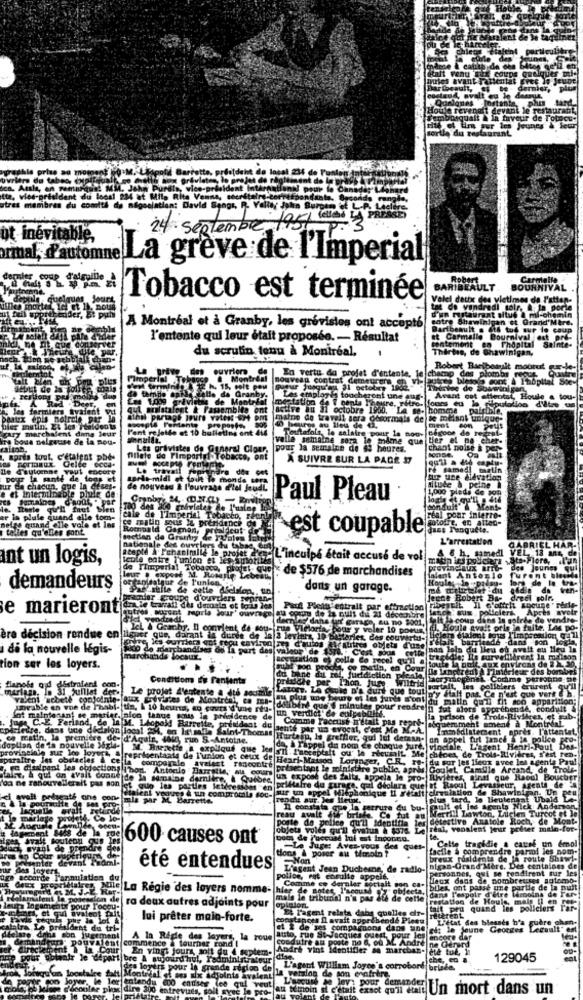
Fenu Eux coups
cating de Gea
Quelques lorten
Houle revenalt deva
dalt & in faveur de Totucu:
the du restaurant
ographie prise au mospent (o .M. Llipoli Barretta,
al 234
ca. Aula, en remarqu
HMMM. John' Purdla, vice-
tte, vies-prieldant du local 234 at Mila Rita Venna,
otras membres du comité de négociation: David Sengs, R. Valley John Bur
24 septembre la5/ wait
ot inévitable,
La greve de l'Imperial
dernier coup
BARIBEAULT.
BOURNIVAL
Tobacco est terminée
Velel dettx des vietimes de l'atten-
villes morte
d'un myrtaurant altus a mi-oh
tat de vendredi soir, & Ia por
cotre Shawinigan et Grand
A Montréal et à Granby, les grévistes ont accepté
Baribeault . its tud our lo e
l'entente qui leur était proposée. - Résultat
lentement en Thopital Sainte-
du scrutin tonu à Montreal,
Thertes, de Shawinigan,
ouvrier
Robert Bartbeault mourut E-
nouveau contrat demeurer en vis
En vertu da projet d'entente, le champ Co
mp des plombs reout
1.099 riviste de Mant
Les employés toucheront
cheront und aug-
Avant cet attentat, Houle & tou-
h. les fermiers tyaient
qui
Bralstafont & Passembite
ont active au 31 octobre 1900. LA Be-
atation de
rétro. fours eu la flouto lon d'ile
se- homme
peaux epis noirel per
ems maine de travell sera como
s de se melant unique.
hier matin, 2% les residents
ury marchaient dans leur
l'ent rejette et 10 bulletins ent
ros au lieu de ti
cegoos de regn
ment com Pot
ire Bous nelgeuse de la mou-
valle semaine sera le mime que tier et de- cher-
Tortafols, le salaire pour la mou-
Les privistes de General Clper,
pour la semaine de di heures.
chant noise &
aarts tout.
Formaux. Gelte Coca-
filete de Fimparigi . Tobacta,
A SUIVRE SUR LA PAGE 17
ze d'automne YHul encore
Le travail
pour la santé de tons et
sardi-midi et tout le monde
tup une ffevation
ilude a peine i
ur de chacun, que la deses.
e et interminable phuiz de:
de nouveau & l'ouvrage d'tel Jeu
1,000 pleds de som
Granby. M. (D.N.a)
Paul Pleau
la. Reste qu'il faut bien
conduit"& Mente
er in plule quand elle toms-
hetas quand elle vole et les
cile de l'Imperial Tobacco,
matofre, en alteo-
real pour interre-
tolles qu'elles sont.
Fr est coupable
dans Penquete.
metlen de Granny de
L'arrestation
GABRIEL HAR-
nationale des ouvrle
ars du tabac, Cin
A6 h. sam
IL. 13 ans, d
ant un logis,
teule entre l'union et les aut
160pt4 A Ichaninalle le projet .... L. inculpa était accusé de vol
Sta-Flore,
de ['Imperial Tobacco, potet que < de $576 de marchandises
proving aux arTb
Bes Jou
dent Antonio Tu
demandeurs
dans un garage.
paler groupe d'ouvdlers sepren
egne Robert Ba-
dreel pol
e marieront
Puf Plein entrait par aftraction
Apces
autres , socent maprle Jour' ouvrage au coup de la pult di 21 décembre
vendredi.
coup de la nuit du 21 décembre
fer Garage, eu no 3001,
it la cous dans la soirée de
Ich & Grachy. Il convie
IcL & Grachy. Il convient de sou- rua Victoria, pour y voler 10 poous,
da sou-
Telorta, pour y voler 10 poey
Houle avait ofle in fuite. Las po.
ère décision rendue en ligner que, darant in durée de la 3 leviers, 10 bisleries, des couvertu-
i di la nouvelle légis-
ses Ga Ta part des valeur de 1
autres objets d'un
Bogazition .yoelle Co recel qu'il a
ion ser les loyers.
rdes
Condition de fantents
du bine du ral, fueldiction pleale,
dche per Thon. jure.
Wilfrid
flanole ond distrafent com.
Le projet d'entente a été soumis
valent sebeth conjoint
aux Erfrutas de Montreal, co men-
Latore, La could D'a durt que toul n'y stalt pas. Ce n
uncable en vue de Phabl- tin. 1 10 heures, en cours'd'une reu-
dilibird que'$ minutes pour
un verdict de culpa
pour rendre n fut alors @
Sot maintenant se marier. glon tenue sous le prvnidence de
Intenant se marie
Comme Faccust n'était pas repré-
la prison de
séquemment ament à
epicfedre, dans une décision local 254, on Ietsalle Saint-Thomas
Jag C .- E. Ferland, de la M. Leopold Barrette, prim
sente par un avocat, c'est Me M .- A.
Immediatecent . ap
ds. l'attentat.
tatin, la premiere de- d'Again, 406g, run S .- Antoine.
Hurtern, Ie greffier, qui lut detasn.
on appel tut janchi la police
doplian
róví
on de la nouvelle Sgh- M. Birzette a expliqué que lesni I'nece
da, à rappel du nom ce chaque jure. vincille, L'agent Henti-Paul
sparaltre les obstacles & ce la comparale
nig sur lee loyork, & représentants de l'union et ceux del
du pour les lieux avec les agents Paul
ve diapant les objections I hort, Antocilo Barrette, au cours
avaient rencontre
présentant le ministère public, apris
Camille Ard
false, & qui on avait donne
da ne ranouvellerali pas son
Cide la semaine dernière, & Quibre un expose des faits, appela le pro- Rivières, Bindi que Raoul
et Raoul Levasseur, Agenti de"
St gup les parties letivessses "en
prillafre du garage, qui dtolara que
str un appel M
ciemulation de Shawinif
avell pelagate one cone mig par M. Barrette.
vogues & un compromile sou-
rendu sur. les Mieux.
plus tard, le lieuter
Ubald
Il constate
Egap la tetrure du bu- pult et les agents Nick Anders
Tertill Lawton, Lucien Turcot et Je
marlese
Feau avalt 2
poste de polit
pollen qu'il Identifia
briske. Co
detestive Anatole R
Aou
objets voles qu'il evalus & $375
freni, vonslent jeur pol
for-
outcon
600 causes ont
Calle tragidie a cavel
émol
Byznl de
tions & poser au témoin ?
Le Juge: Avez-vous des
ques-
facile à comprendre par
Ien Cour
nter
-Won
breux résidents de la route Shawl-
des loyers
été entendues
L'agent Jean Duchesne, de radio-
nigan-Grand Mère. Des centaines de
ersonnes, qui se tendirent sur les
accorde T'a
nulation du
nulation
police, est ensulle appels.
Comme en dernier Bot
Jeux dans de nombreuses a01000-
Mile La Régie des loyers nomme-
hier de notes, l'accusd
Se biles, ont PODE Pis
dans l'
mais le tribunal n'a pas die de cette
e Ingementx pou
ra deux autres adjoints pour
opinion.
El Tagent relata dabs quelles dif-
restation de Houle, mais il on apc
if pru quand les policiers
etèrent
Iclers
lui prêter main-forte.
postapoes Il avait appréhende Pieeu
L'etat des blesses b'a
La pr
it du tr
et 2 de ses con
et 2 de ses comparaons dans une
ait le jeune Georges
Legault cf
A la Régle des loyers, la roue
auto, rue StJacques ouest, pour
pedutre as poste
Ddrk vinte 99 4 od M Andre
encore der
commence & tourner rond I
En vings jours, soit du 4 septem-
bre A aujourd'hui, Fadministrateur
dise
129045
take
. L'agent William Joyce's corrobord
des loners pour le grande seclon Go la version de son enefrere
Montrial of ses axe Adjoints avalent
L'escund ae lav: p
e plac ding 300 entrevues, soit avec le pro-
Ter entendu @o entiser les qui veut
at semmoin si c'était exsot qu'il etaid
pour demande tin mort dans un